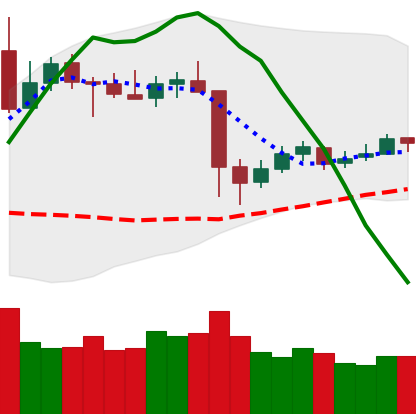
Ticker: XRP-USD
Chart end date: 2020-05-19
Forward return: -4.214%
Label: down_3_5